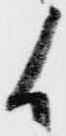
候